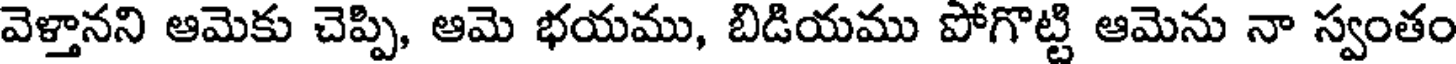
వెళ్తానని ఆమెకు చెప్పి, ఆమె భయము, బిడియము పోగొట్టి ఆమెను నా స్వంతం